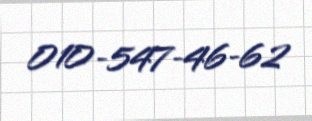
010-547-46-62